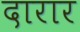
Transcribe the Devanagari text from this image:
दारार